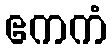
ဧကကံ